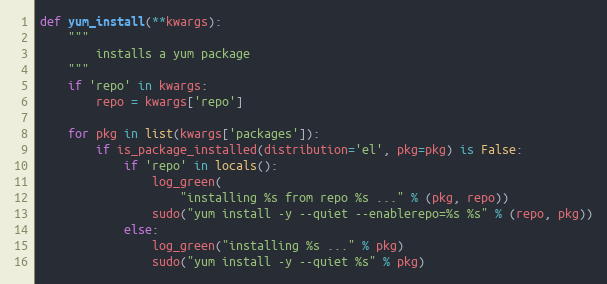
Language: Python
def yum_install(**kwargs):
    """
        installs a yum package
    """
    if 'repo' in kwargs:
        repo = kwargs['repo']

    for pkg in list(kwargs['packages']):
        if is_package_installed(distribution='el', pkg=pkg) is False:
            if 'repo' in locals():
                log_green(
                    "installing %s from repo %s ..." % (pkg, repo))
                sudo("yum install -y --quiet --enablerepo=%s %s" % (repo, pkg))
            else:
                log_green("installing %s ..." % pkg)
                sudo("yum install -y --quiet %s" % pkg)